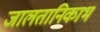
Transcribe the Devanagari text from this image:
जालतानिकाभ